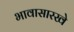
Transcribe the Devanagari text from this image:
भावासारखे